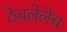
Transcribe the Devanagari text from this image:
ठेवलेलेच